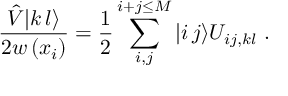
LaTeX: \frac { \hat { V } | k \, l \rangle } { 2 w \left( x _ { i } \right) } = \frac { 1 } { 2 } \sum _ { i , j } ^ { i + j \leq M } | i \, j \rangle U _ { i j , k l } \; .